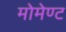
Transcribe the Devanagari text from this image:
मोमेण्ट